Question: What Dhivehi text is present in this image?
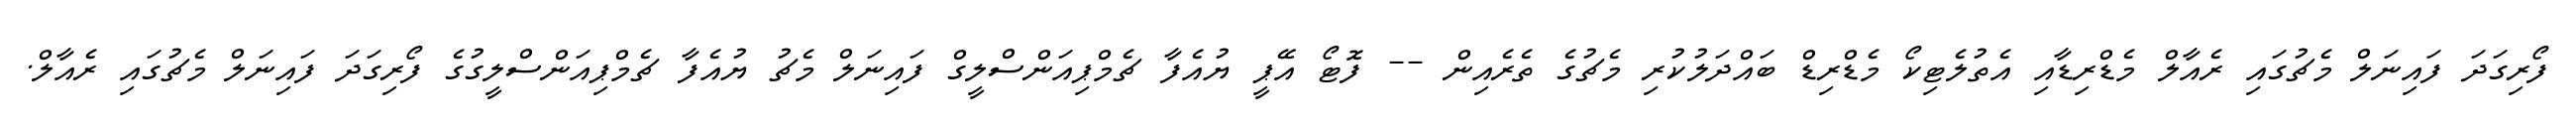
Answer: ފޯރިގަދަ ފައިނަލް މެޗުގައި ރެއާލް މެޑްރިޑާއި އެތުލެޓިކޯ މެޑްރިޑް ބައްދަލުކުރި މެޗުގެ ތެރެއިން -- ފޮޓޯ އޭޕީ ޔުއެފާ ޗެމްޕިއަންސްލީގް ފައިނަލް މެޗު ޔުއެފާ ޗެމްޕިއަންސްލީގުގެ ފޯރިގަދަ ފައިނަލް މެޗުގައި ރެއާލް.